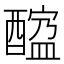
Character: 𨢠